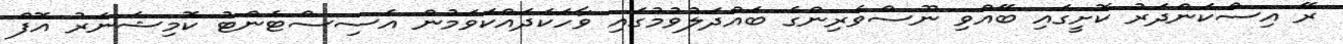
ރޭ އިސްކަންދަރު ކޮށީގައި ބޭއްވި ނޫސްވެރިންގެ ބައްދަލުވުމުގައި ވާހަކަދައްކަވަމުން އެސިސްޓެންޓު ކޮމިޝަނަރު އޮފް